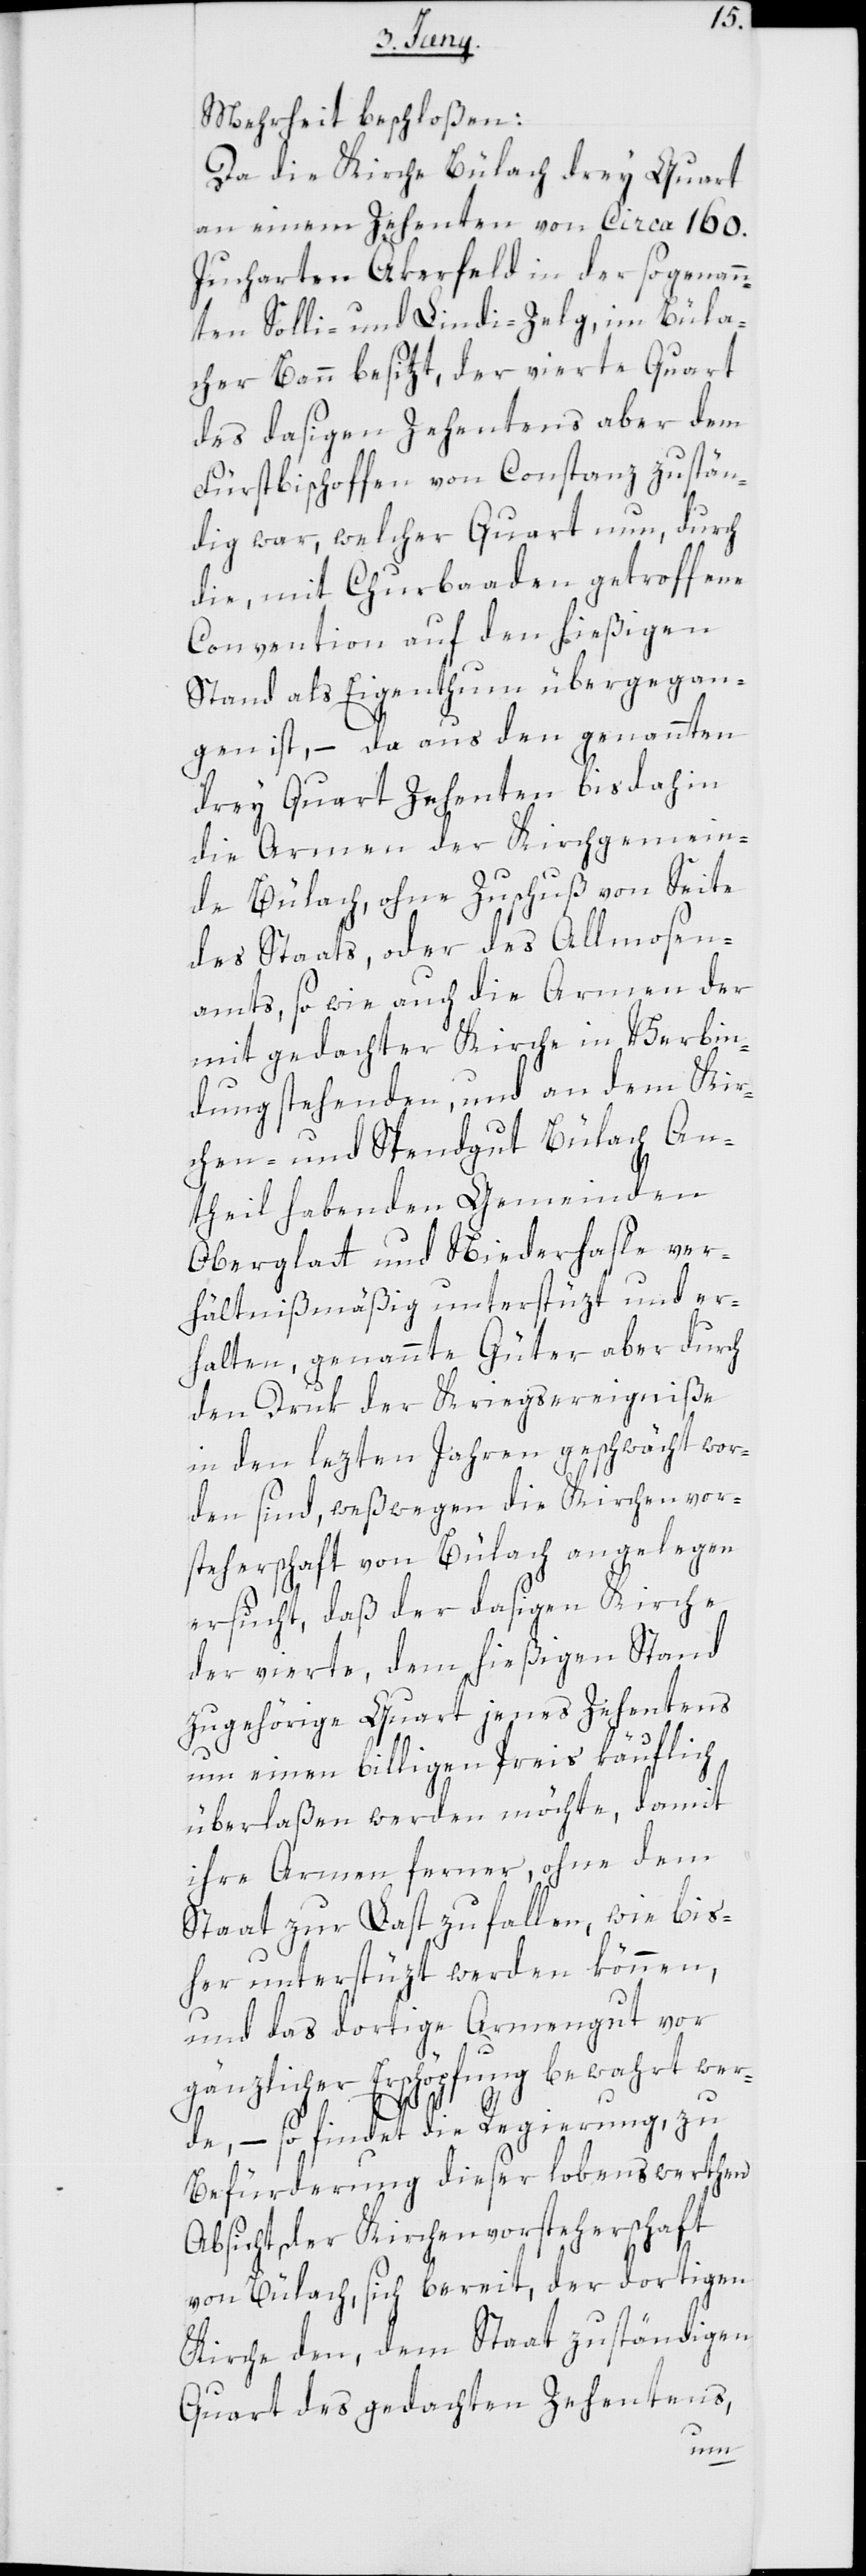
Mehrheit beschloßen:
Da die Kirche Bülach drey Quart
an einem Zehenten von circa 160.
Jucharten Akerfeld in der sogenann¬
ten Solli- und Lindi-Zelg, im Büla¬
cher Bann besitzt, der vierte Quart
des dasigen Zehentens aber dem
Fürstbischoffen von Constanz zustän¬
dig war, welcher Quart nun, durch
die, mit Churbaaden getroffene
Convention auf den hießigen
Stand als Eigenthum übergegan¬
gen ist, – da aus den genannten
drey Quart Zehenten bisdahin
die Armen der Kirchgemein¬
de Bülach, ohne Zuschuß von Seite
des Staats, oder des Allmosen¬
amts, sowie auch die Armen der
mit gedachter Kirche in Verbin¬
dung stehenden und an dem Kir¬
chen- und Spendgut Bülach An¬
theil habenden Gemeinden
Oberglatt und Niederhasle ver¬
hältnißmäßig unterstüzt und er¬
halten, genannte Güter aber durch
den Druk der Kriegsereigniße
in den lezten Jahren geschwächt wor¬
den sind, weßwegen die Kirchenvor¬
steherschaft von Bülach angelegen
ersucht, daß der dasigen Kirche
der vierte, dem hießigen Stand
zugehörige Quart jenes Zehentens
um einen billigen Preis käuflich
überlaßen werden möchte, damit
ihre Armen ferner, ohne dem
Staat zur Last zu fallen, wie bis¬
her unterstüzt werden können,
und das dortige Armengut vor
gänzlicher Erschöpfung bewahrt wer¬
de, – so findet die Regierung, zu
Befürderung dieser lobenswerthen
Absicht der Kirchenvorsteherschaft
von Bülach, sich bereit, der dortigen
Kirche den, dem Staat zuständigen
Quart des gedachten Zehentens,